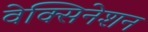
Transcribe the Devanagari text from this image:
वेक्सिनेशन